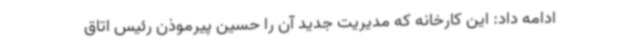
ادامه داد: این کارخانه که مدیریت جدید آن را حسین پیرموذن رئیس اتاق